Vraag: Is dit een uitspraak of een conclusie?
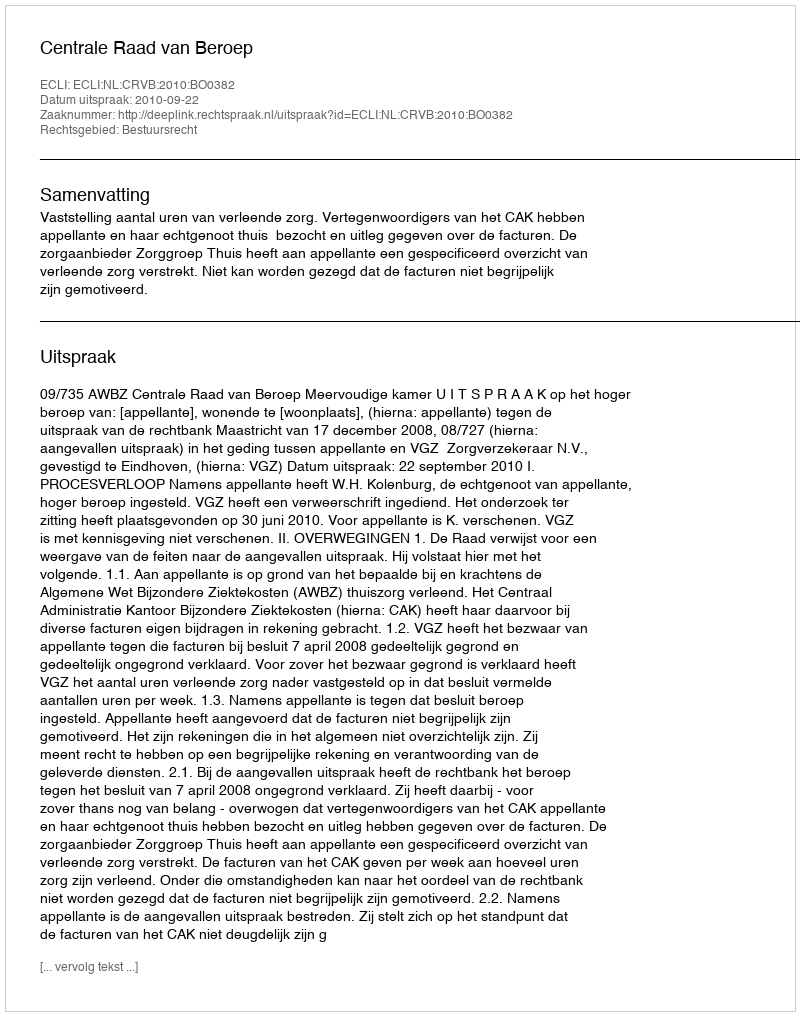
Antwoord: Uitspraak